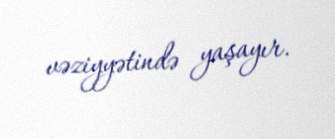
vəziyyətində yaşayır.